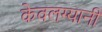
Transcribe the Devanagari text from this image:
केवलग्यानी